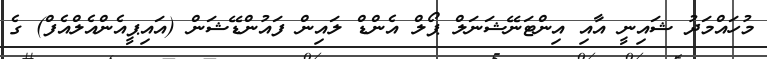
މުހައްމަދު ޝައިނީ އާއި އިންޓަނޭޝަނަލް ޕޯލް އެންޑް ލައިން ފައުންޑޭޝަން (އައިޕީއެންއެލްއެފް) ގެ